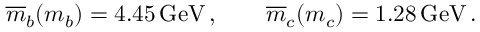
\overline { { { m } } } _ { b } ( m _ { b } ) = 4 . 4 5 \, \mathrm { G e V } \, , \qquad \overline { { { m } } } _ { c } ( m _ { c } ) = 1 . 2 8 \, \mathrm { G e V } \, .